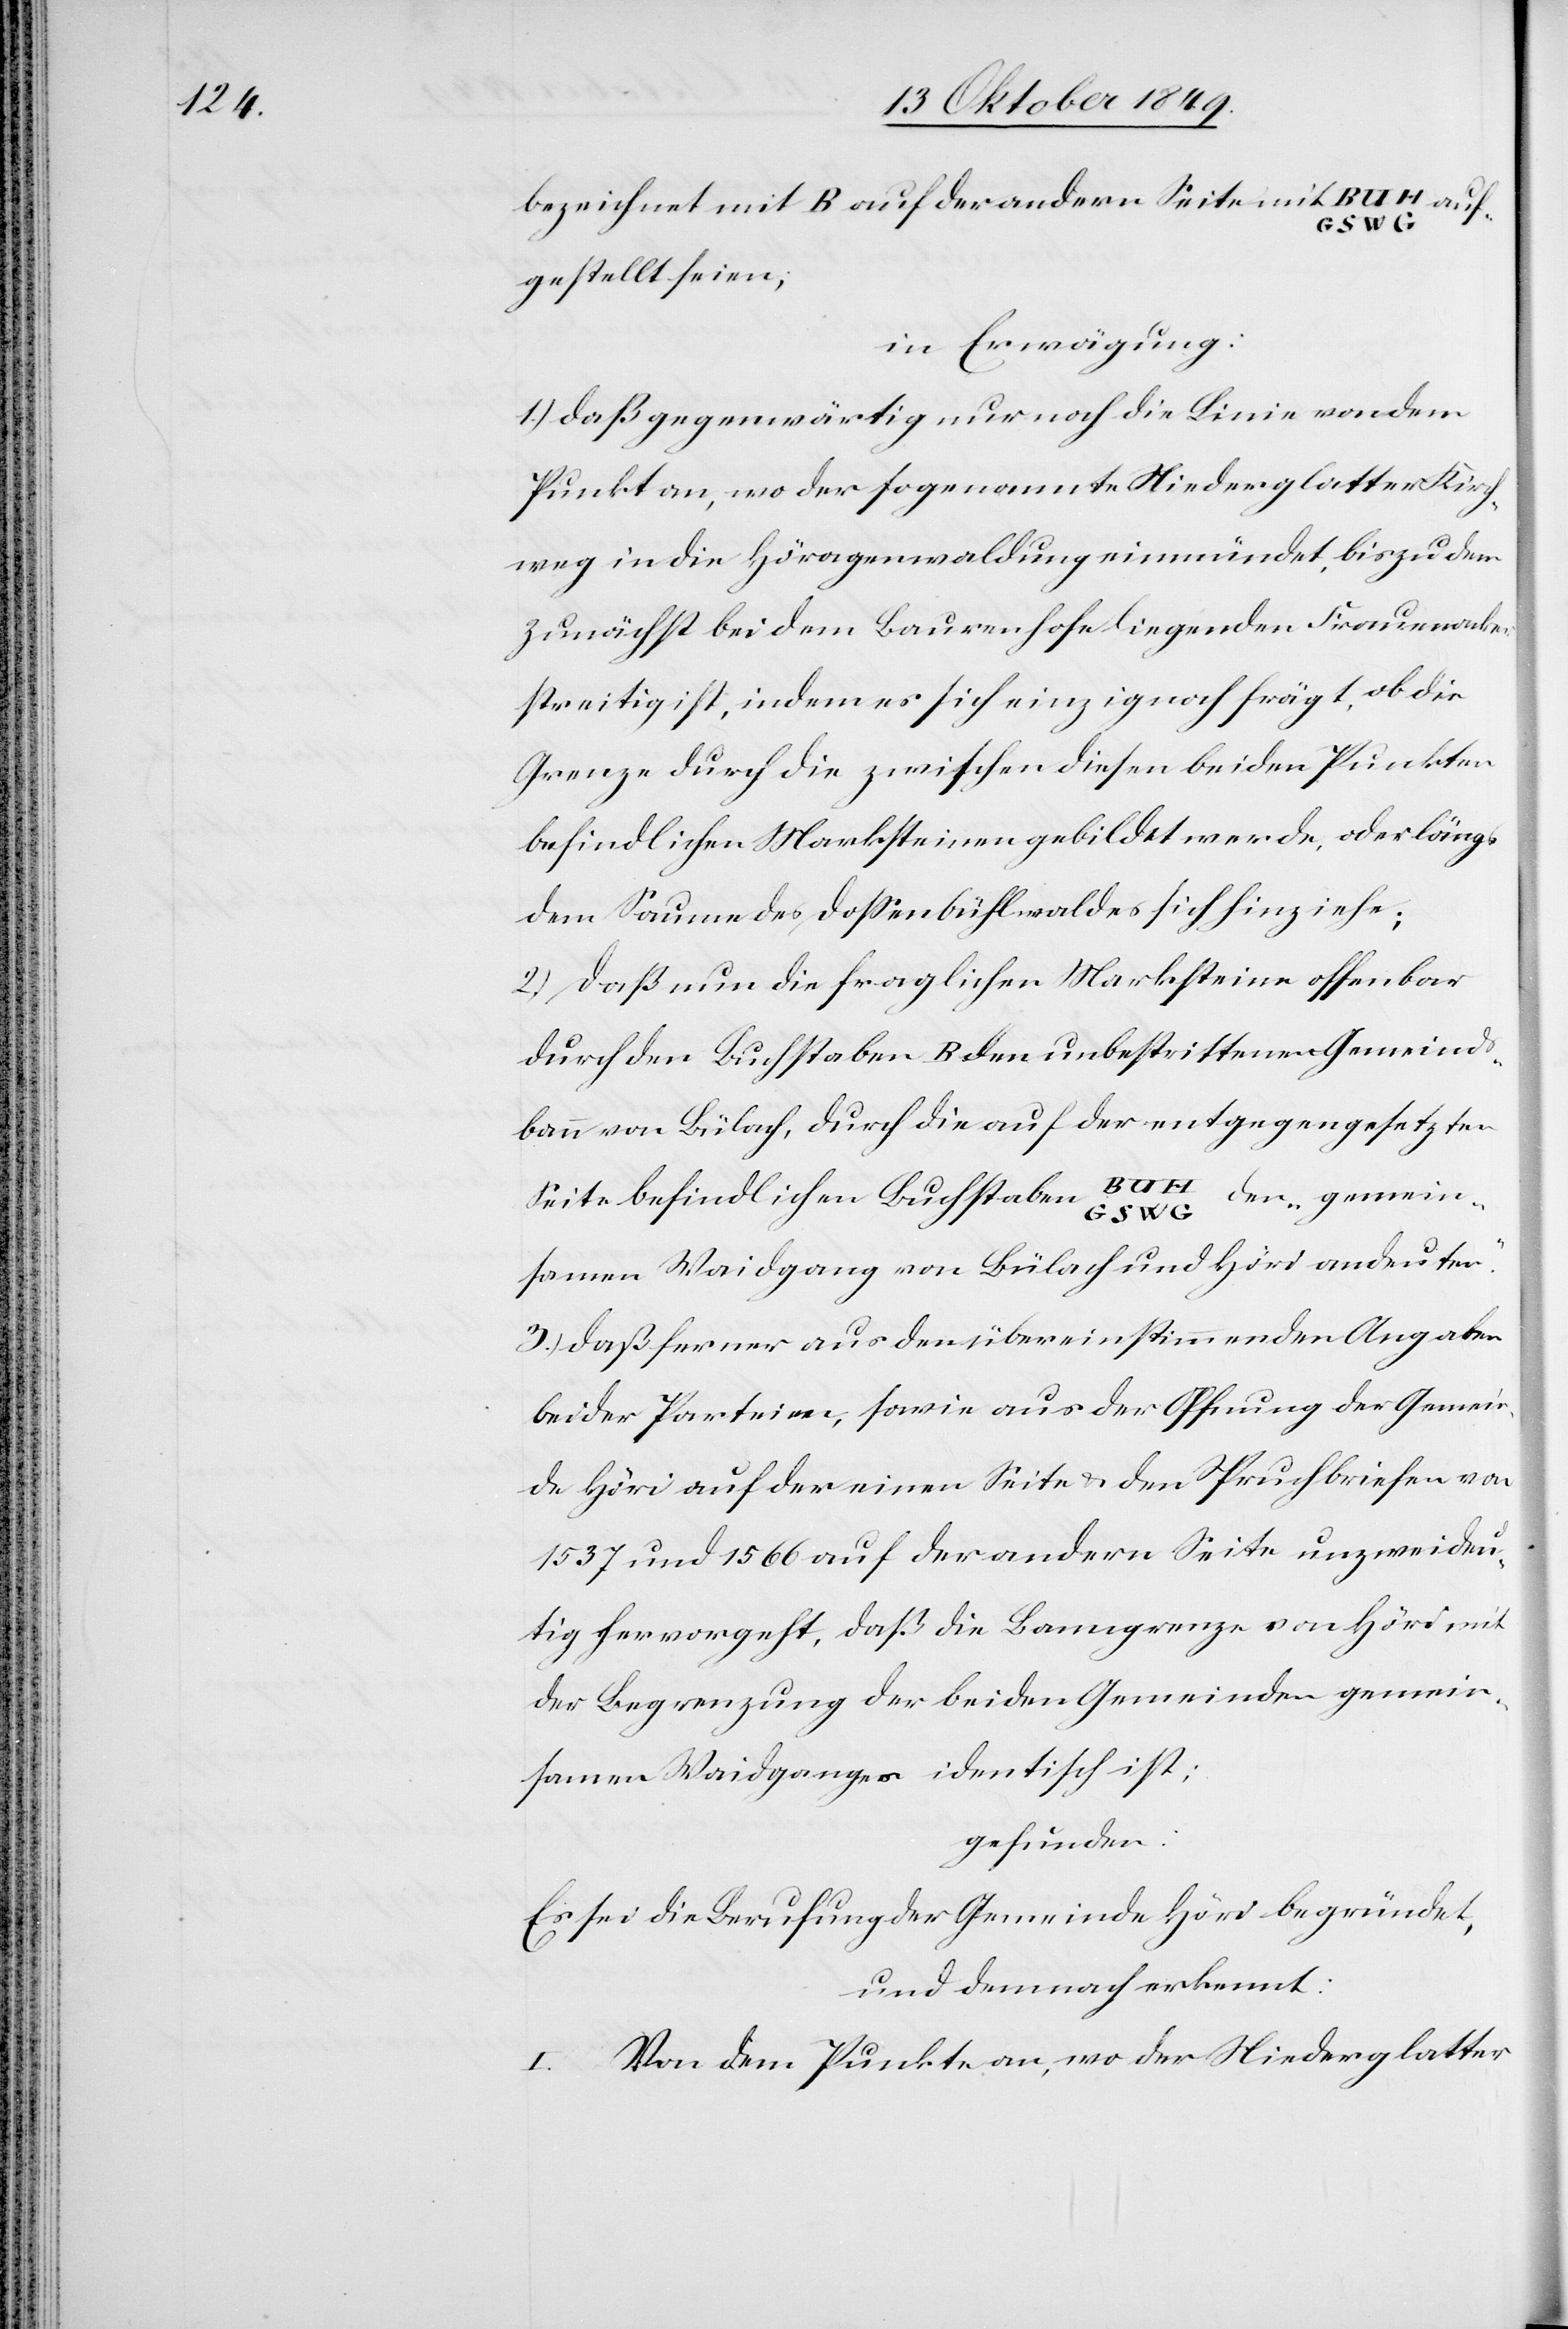
bezeichnet mit B auf der andern Seite mit BUH GSWG auf¬
gestellt seien;
in Erwägung:
1.) daß gegenwärtig nur auf die Linie von dem
Punkte an, wo der sogenante Niederglatter Kirch¬
weg in die Höragenwaldung einmündet, bis zu dem
zunächst bei dem Bauernhofe liegenden Frauenacker
streitig ist, indem es sich einzig noch frägt, ob die
Grenze durch die zwischen diesen beiden Punkten
befindlichen Marktsteinen gebildet werde, oder längs
dem Saume des Doßenbühlwaldes sich hinziehe;
2.) daß nun die fraglichen Marksteine offenbar
durch den Buchstaben B den unbestrittenen Gemeinds¬
bann von Bülach, durch die auf der entgegengesetzten
Seite befindlichen Buchstaben BUH GSWG den „gemein¬
samen Waidgang von Bülach und Höri andeuten.“
3.) daß ferner aus den übereinstimmenden Angaben
beider Parteien, sowie aus der Oeffnung der Gemein¬
de Höri auf der einen Seite u. den Spruchbriefen von
1537 und 1566 auf der andern Seite unzweideu¬
tig hervorgeht, daß die Banngrenze von Höri mit
der Begrenzung der beiden Gemeinden gemein¬
samen Waidganges identisch ist;
gefunden:
Es sei die Berufung der Gemeinde Höri begründet,
und demnach erkennt:
I. Von dem Punkte an, wo der Niederglatter